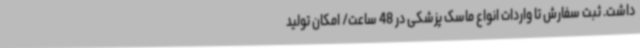
داشت. ثبت سفارش تا واردات انواع ماسک پزشکی در 48 ساعت/ امکان تولید